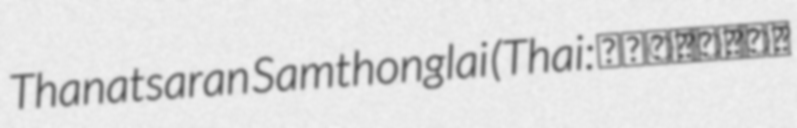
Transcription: Thanatsaran Samthonglai (Thai: ธนัตถ์ศรันย์